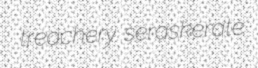
treachery seraskerate